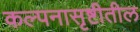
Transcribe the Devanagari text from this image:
कल्पनासृष्टीतील